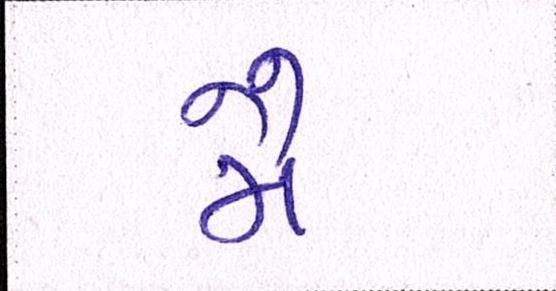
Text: મૈં